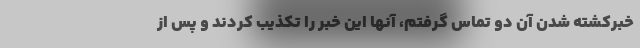
خبرکشته شدن آن دو تماس گرفتم، آنها این خبر را تکذیب کردند و پس از